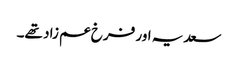
سعدیہ اور فرخ عم زاد تھے۔